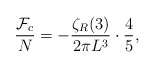
\begin{align*}{{\cal F}_{c} \over N}=-{\zeta _{R}(3) \over 2\pi L^{3}}\cdot{4 \over 5},\end{align*}